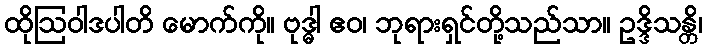
ထိုဩဝါဒပါတိ မောက်ကို။ ဗုဒ္ဓါ ဧဝ၊ ဘုရားရှင်တို့သည်သာ။ ဥဒ္ဒိသန္တိ၊